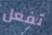
تفعل